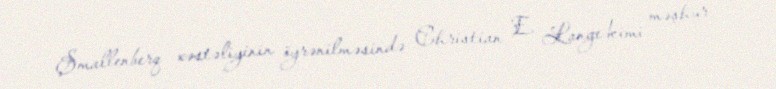
Şmallenberq xəstəliyinin öyrənilməsində Christian E. Lange kimi məşhur